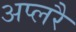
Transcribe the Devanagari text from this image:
अप्लरै